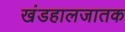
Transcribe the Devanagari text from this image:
खंडहालजातक